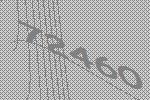
72460